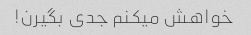
خواهش میکنم جدی بگیرن!